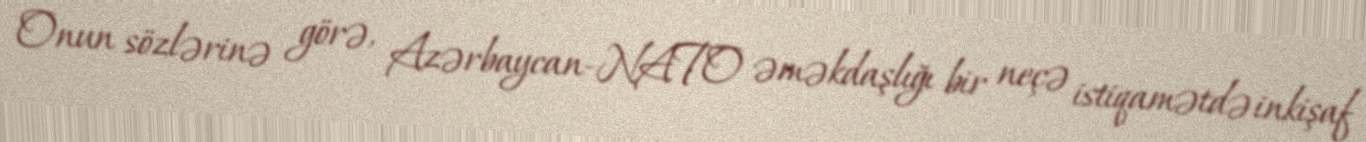
Onun sözlərinə görə, Azərbaycan-NATO əməkdaşlığı bir neçə istiqamətdə inkişaf